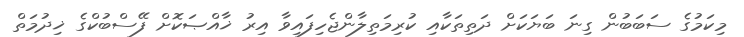
މިކަމުގެ ސަބަބުން ގިނަ ބަޔަކަށް ދަތިތަކާއި ކުރިމަތިލާންޖެހިފައިވާ އިރު ޚާއްޞަކޮށް ފޭސްބުކްގެ ޚިދުމަތް